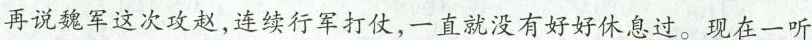
再说魏军这次攻赵，连续行军打仗，一直就没有好好休息过。现在一听